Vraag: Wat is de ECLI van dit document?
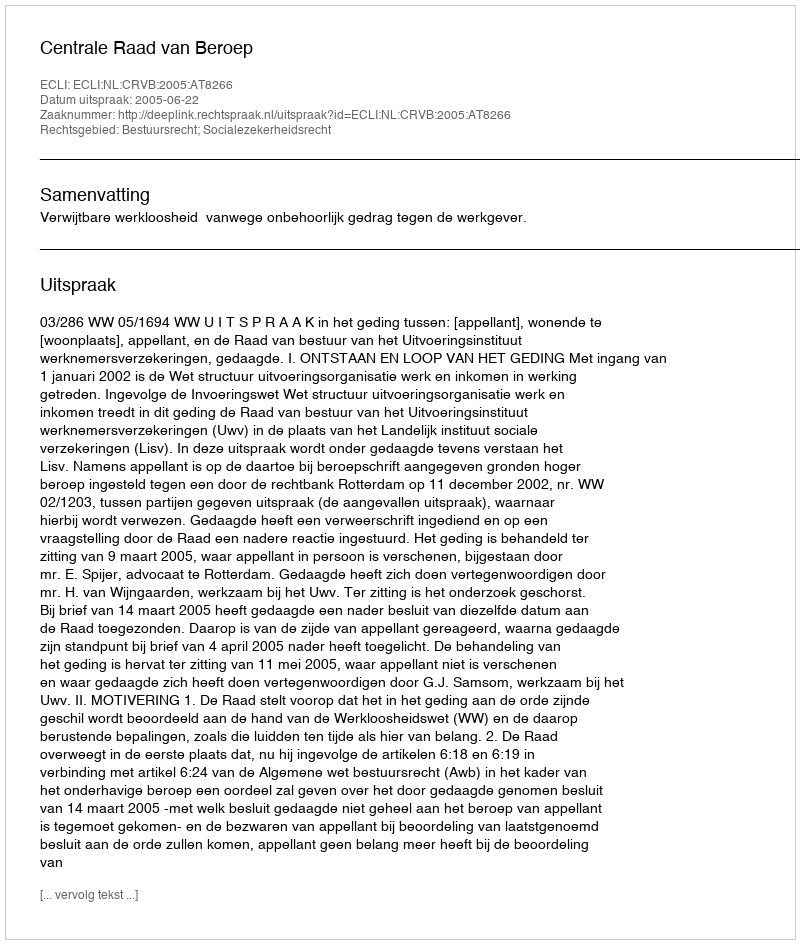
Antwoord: ECLI:NL:CRVB:2005:AT8266